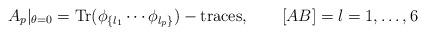
LaTeX: \begin{align*}A_p|_{\theta=0}={\hbox{Tr}}(\phi_{\{l_1}\cdots \phi_{l_p\}})-{\hbox{traces}},\qquad [AB]=l= 1,\dots , 6\end{align*}